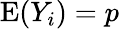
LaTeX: {\textrm{E}}(Y_{i})=p